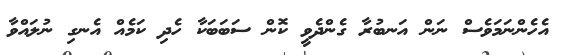
އެހެންނަމަވެސް ނަން އަނބުރާ ގެންދެވީ ކޮން ސަބަބަކާ ހެދި ކަމެއް އެނގި ނުލައްވާ